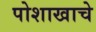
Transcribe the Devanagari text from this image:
पोशाखाचे